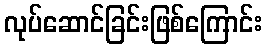
လုပ်ဆောင်ခြင်းဖြစ်ကြောင်း